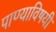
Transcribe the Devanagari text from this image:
पाण्याविषयी